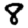
Digit: 8